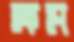
ক্ষম